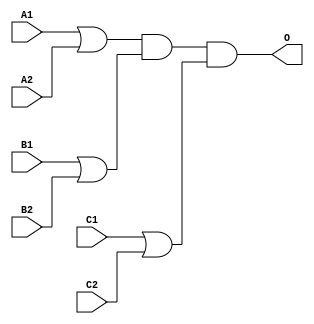
module MJGB222A(A1, A2, B1, B2, C1, C2, O);
input   A1;
input   A2;
input   B1;
input   B2;
input   C1;
input   C2;
output  O;
or g0(w0, A1, A2);
or g1(w3, B1, B2);
or g2(w6, C1, C2);
and g3(O, w0, w3, w6);
endmodule